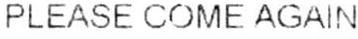
PLEASE COME AGAIN